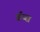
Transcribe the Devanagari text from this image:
ब्रॅय्स